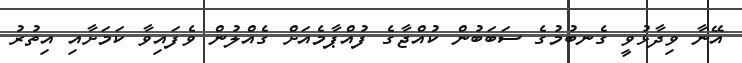
އޭނާ ވިދާޅުވީ ގެނބުމުގެ ސަބަބުން ކުއްޖާގެ ފުއްޕާމެއަށް ގެއްލުން ވެފައިވާ ކަމަށާއި އިތުރު